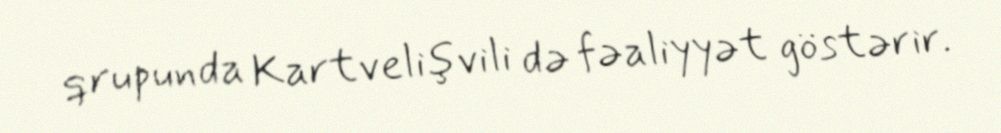
qrupunda Kartvelişvili də fəaliyyət göstərir.